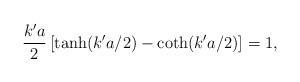
LaTeX: \begin{align*}\frac{k'a}{2}\left[\tanh(k'a/2)-\coth(k'a/2)\right]=1,\end{align*}